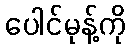
ပေါင်မုန့်ကို